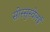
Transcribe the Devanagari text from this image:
सोस्सुस्वेलई